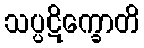
သပ္ပဋိက္ခောတိ